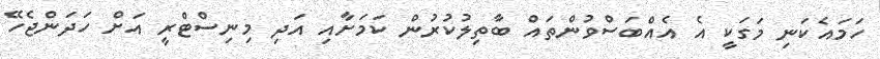
ހަމައެކަނި މަގަކީ އެ އެއްބަސްވުންތައް ބާތިލުކުރުން ކަމަށާއި އަދި މިނިސްޓްރީ އަށް ހަދަންޖެހޭ